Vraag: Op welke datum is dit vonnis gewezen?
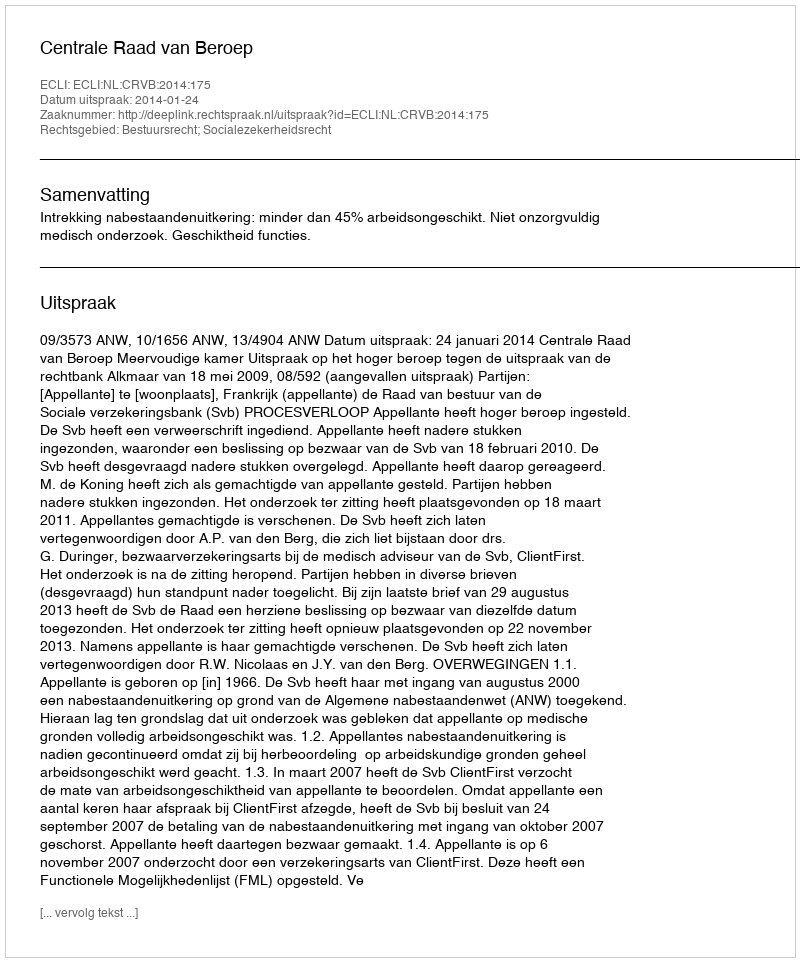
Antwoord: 2014-01-24